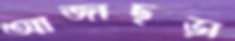
আজাছড়া